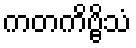
ကတကိဗ္ဗိသံ